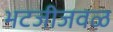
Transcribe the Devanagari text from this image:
भटजीजवळ